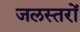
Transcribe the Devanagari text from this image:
जलस्तरों